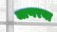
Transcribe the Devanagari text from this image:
जाणरया